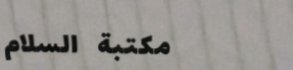
مكتبة السلام